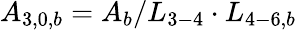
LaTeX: {A_{3,0,b}}={A_{b}}/{L_{3-4}}\cdot{L_{4-6,b}}